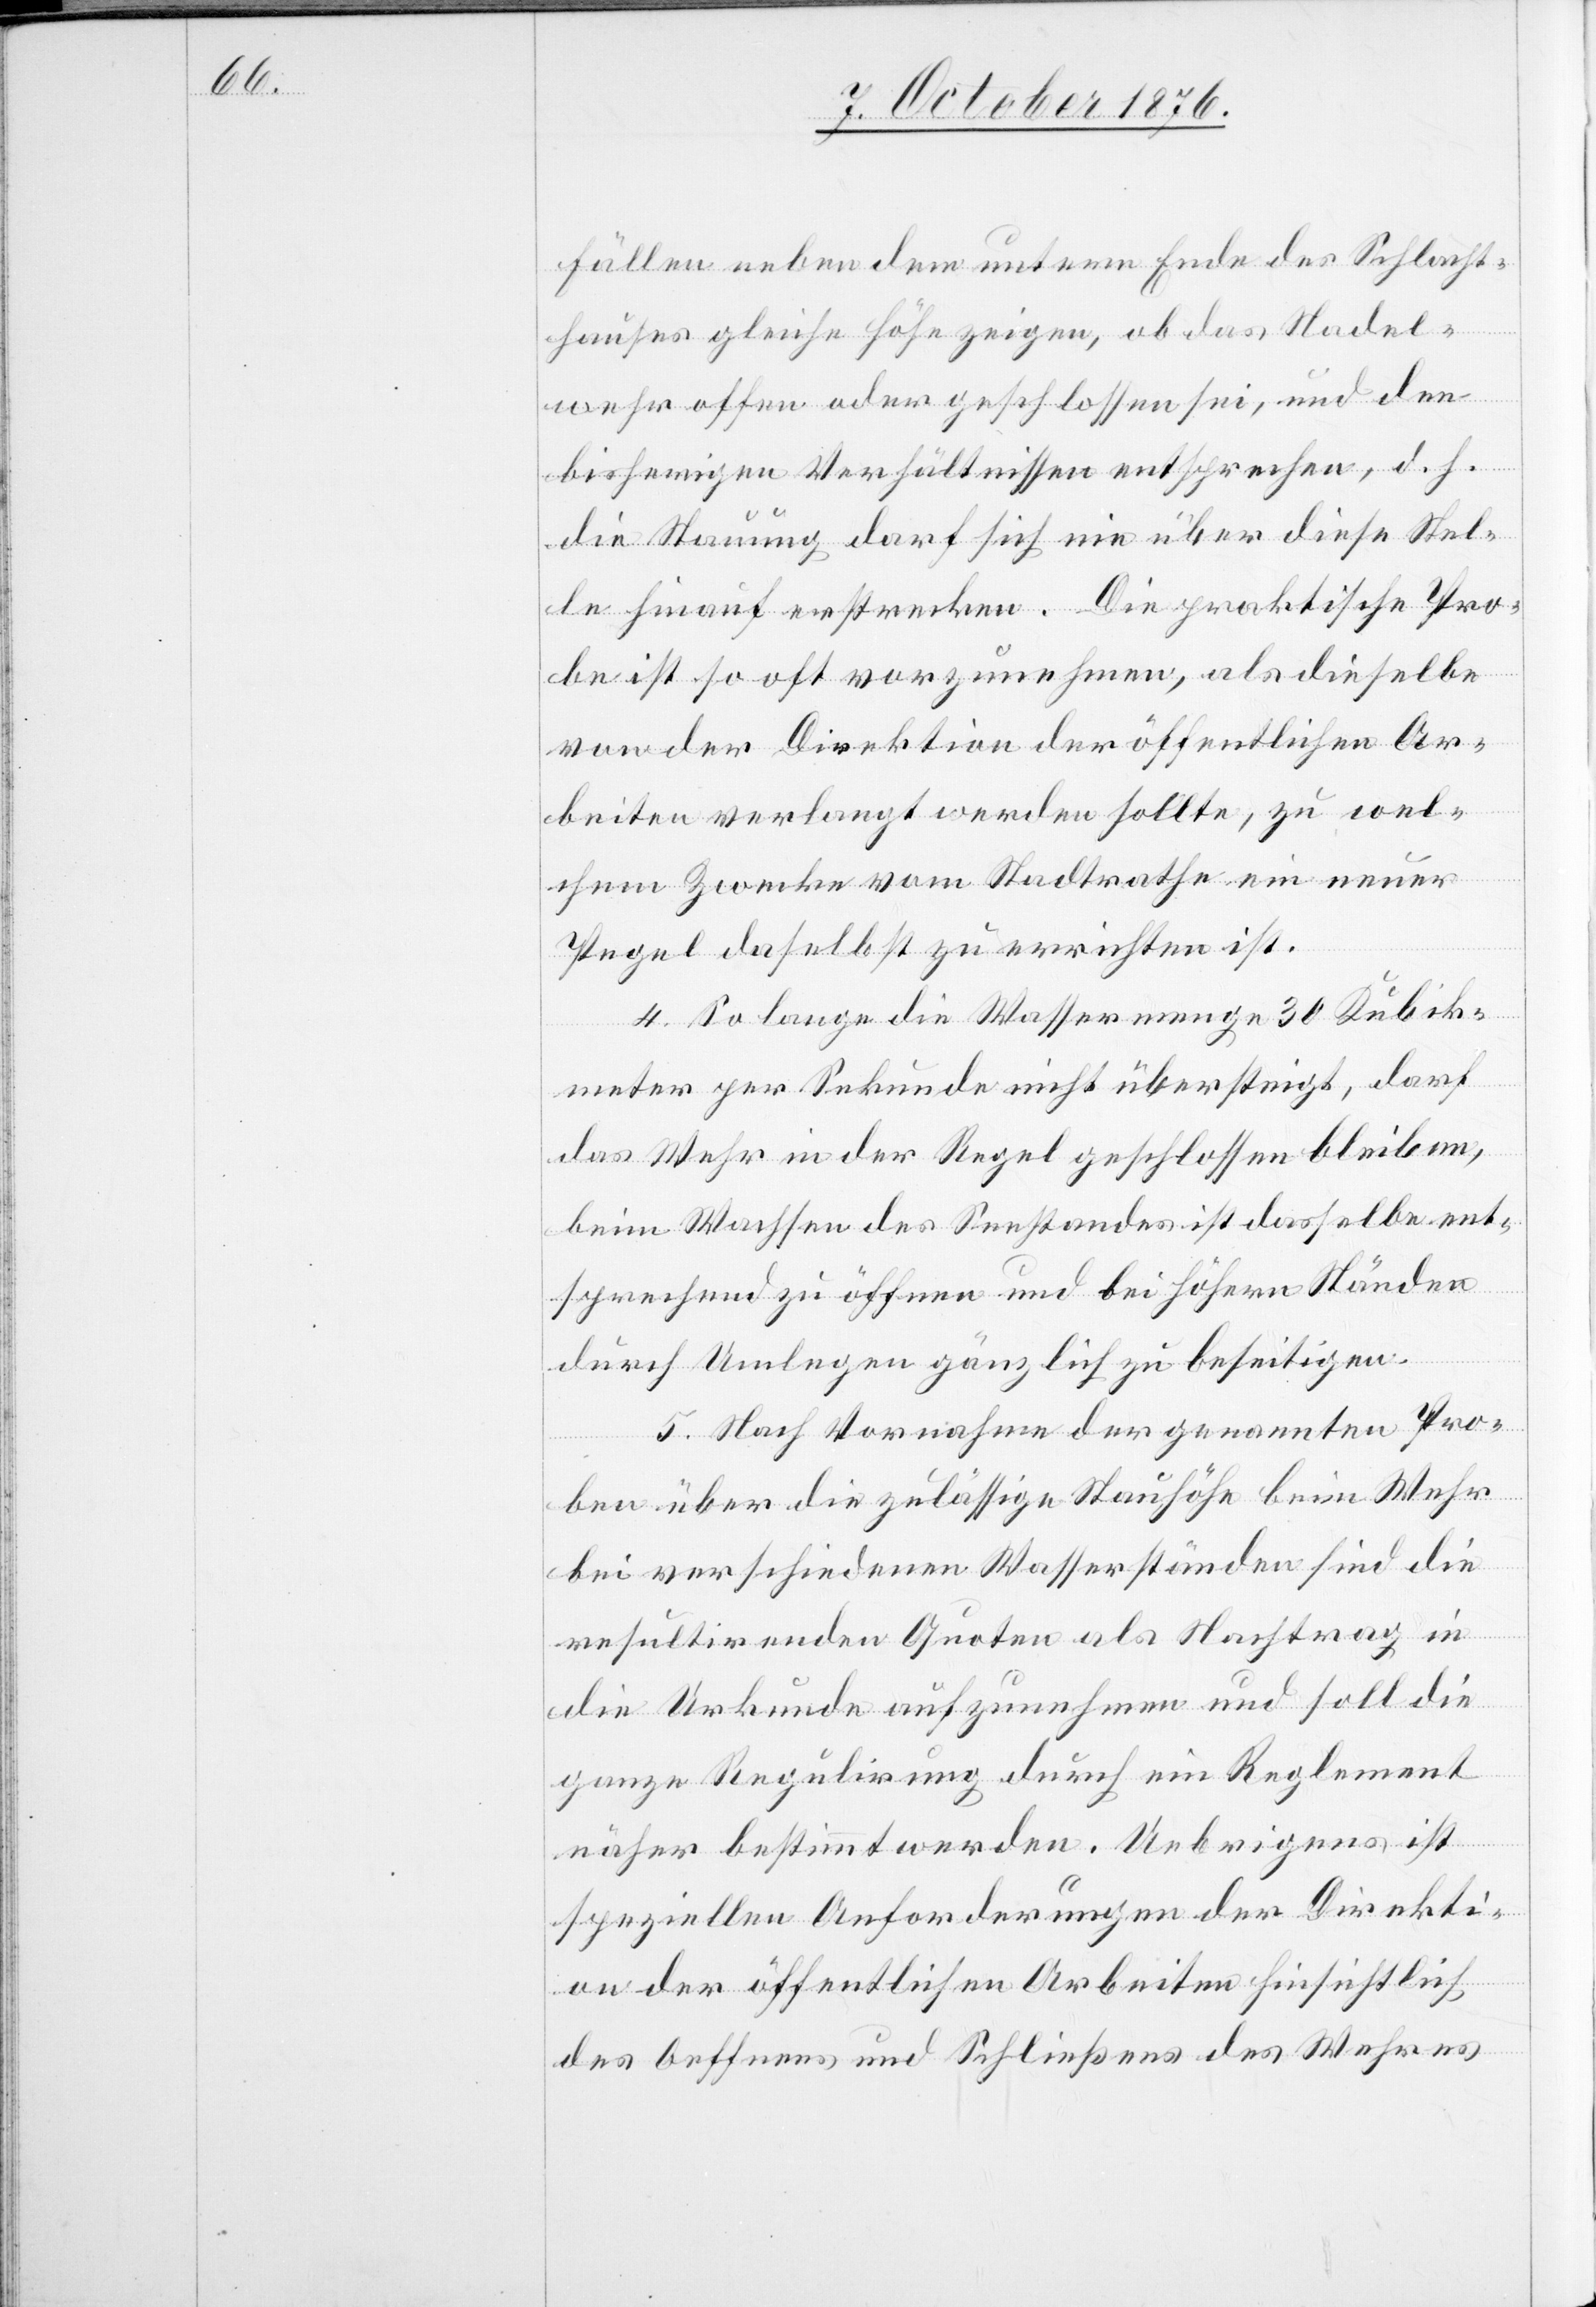
Fällen neben dem untern Ende des Schlacht¬
hauses gleiche Höhe zeigen, ob das Nadel¬
wuhr offen oder geschlossen sei, und den
bisherigen Verhältnissen entsprechen, d. h.
die Stauung darf sich nie über diese Stel¬
le hinauf erstrecken. Die praktische Pro¬
be ist so oft vorzunehmen, als dieselbe
von der Direktion der öffentlichen Ar¬
beiten verlangt werden sollte, zu wel¬
chem Zwecke vom Stadtrathe ein neuer
Pegel daselbst zu errichten ist.
4. So lange die Wassermenge 30 Kubik¬
meter per Sekunde nicht übersteigt, darf
das Wehr in der Regel geschlossen bleiben,
beim Wachsen des Seestandes ist dasselbe ent¬
sprechend zu öffnen und bei höhern Ständen
durch Umlegen gänzlich zu beseitigen.
5. Nach Vornahme der genannten Pro¬
ben über die zulässige Stauhöhe beim Wehr
bei verschiedenen Wasserständen sind die
resultirenden Quoten als Nachtrag in
die Urkunde aufzunehmen und soll die
ganze Regulirung durch ein Reglement
näher bestimmt werden. Uebrigens ist
speziellen Anforderungen der Direkti¬
on der öffentlichen Arbeiten hinsichtlich
des Oeffnens und Schließens des Wehres